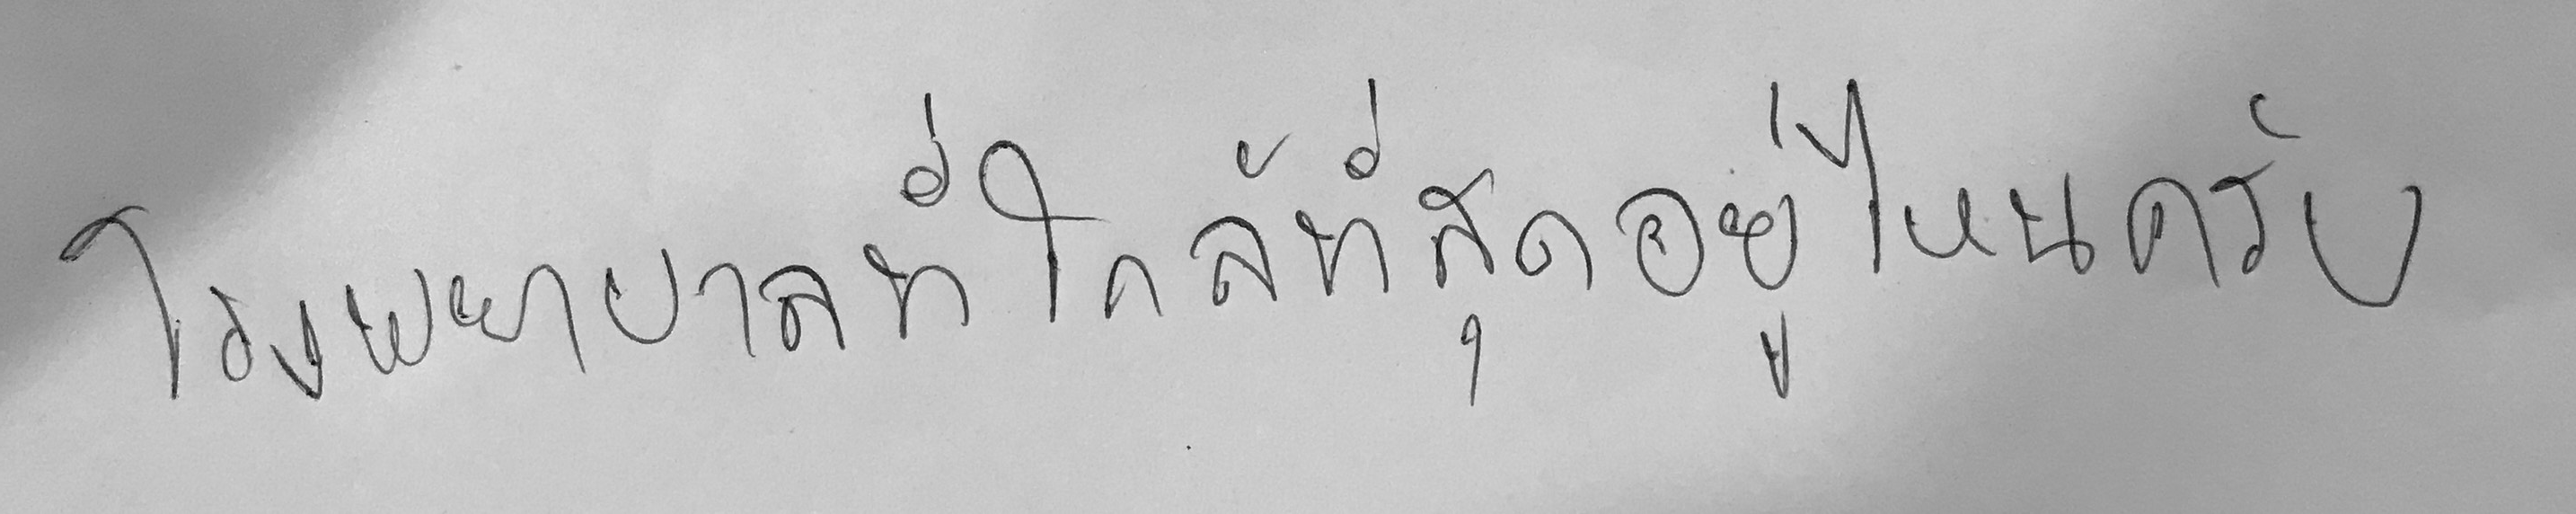
โรงพยาบาลที่ใกล้ที่สุดอยู่ไหนครับ